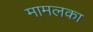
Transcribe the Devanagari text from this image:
मामलका